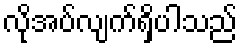
လိုအပ်လျက်ရှိပါသည်